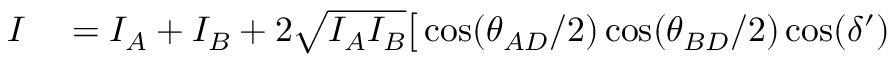
\begin{array} { r l } { I } & { { } = I _ { A } + I _ { B } + 2 \sqrt { I _ { A } I _ { B } } \big [ \cos ( \theta _ { A D } / 2 ) \cos ( \theta _ { B D } / 2 ) \cos ( \delta ^ { \prime } ) } \end{array}